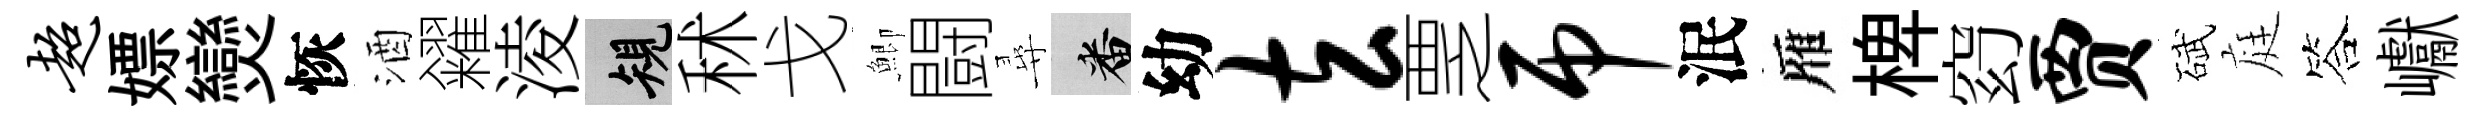
超嫖𤓖恢酒糴淩規秫戈鯽闘尋番幼玄覂吊泯雁椑𥥆贾碔庭答巘